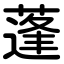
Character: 蓬